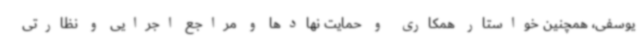
یوسفی، همچنین خواستار همکاری و حمایت نهادها و مراجع اجرایی و نظارتی